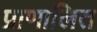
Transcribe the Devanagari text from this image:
प्राणालित